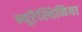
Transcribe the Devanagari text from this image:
न्यूरैस्थिनिया